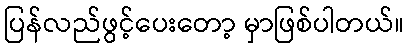
ပြန်လည်ဖွင့်ပေးတော့ မှာဖြစ်ပါတယ်။